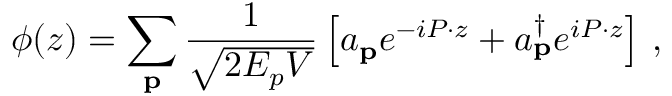
\phi ( z ) = \sum _ { \bf p } \frac { 1 } { \sqrt { 2 E _ { p } V } } \left[ a _ { \bf p } e ^ { - i P \cdot z } + a _ { \bf p } ^ { \dagger } e ^ { i P \cdot z } \right] \, ,